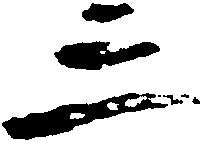
三